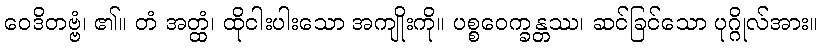
ဝေဒိတဗ္ဗံ၊ ၏။ တံ အတ္ထံ၊ ထိုငါးပါးသော အကျိုးကို။ ပစ္စဝေက္ခန္တဿ၊ ဆင်ခြင်သော ပုဂ္ဂိုလ်အား။